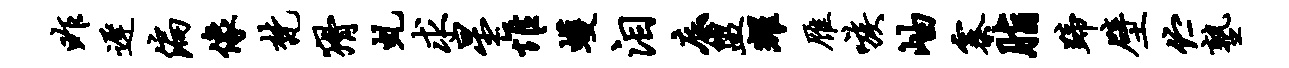
昨迟偏像梵猾虬求星惟蠖泪底盥耀雁嗾岫寨脂蹄壁伫塾